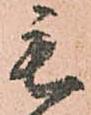
毛